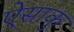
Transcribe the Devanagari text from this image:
ऐसाकु